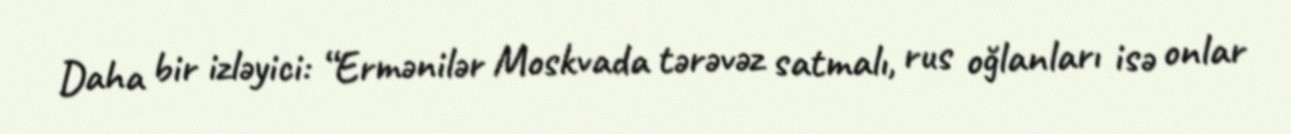
Daha bir izləyici: “Ermənilər Moskvada tərəvəz satmalı, rus oğlanları isə onlar